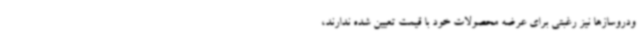
ودروسازها نیز رغبتی برای عرضه محصولات خود با قیمت تعیین شده ندارند،